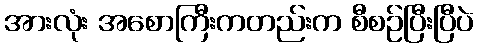
အားလုံး အစောကြီးကတည်းက စီစဉ်ပြီးပြီပဲ